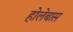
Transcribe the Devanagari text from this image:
होलेबास